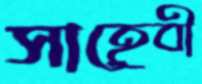
সাহেবী